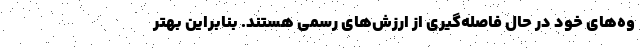
وه‌های خود در حال فاصله‌گیری از ارزش‌های رسمی هستند. بنابراین بهتر